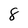
Character: 8